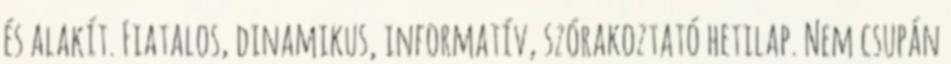
és alakít. Fiatalos, dinamikus, informatív, szórakoztató hetilap. Nem csupán